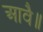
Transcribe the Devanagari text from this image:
आवै॥